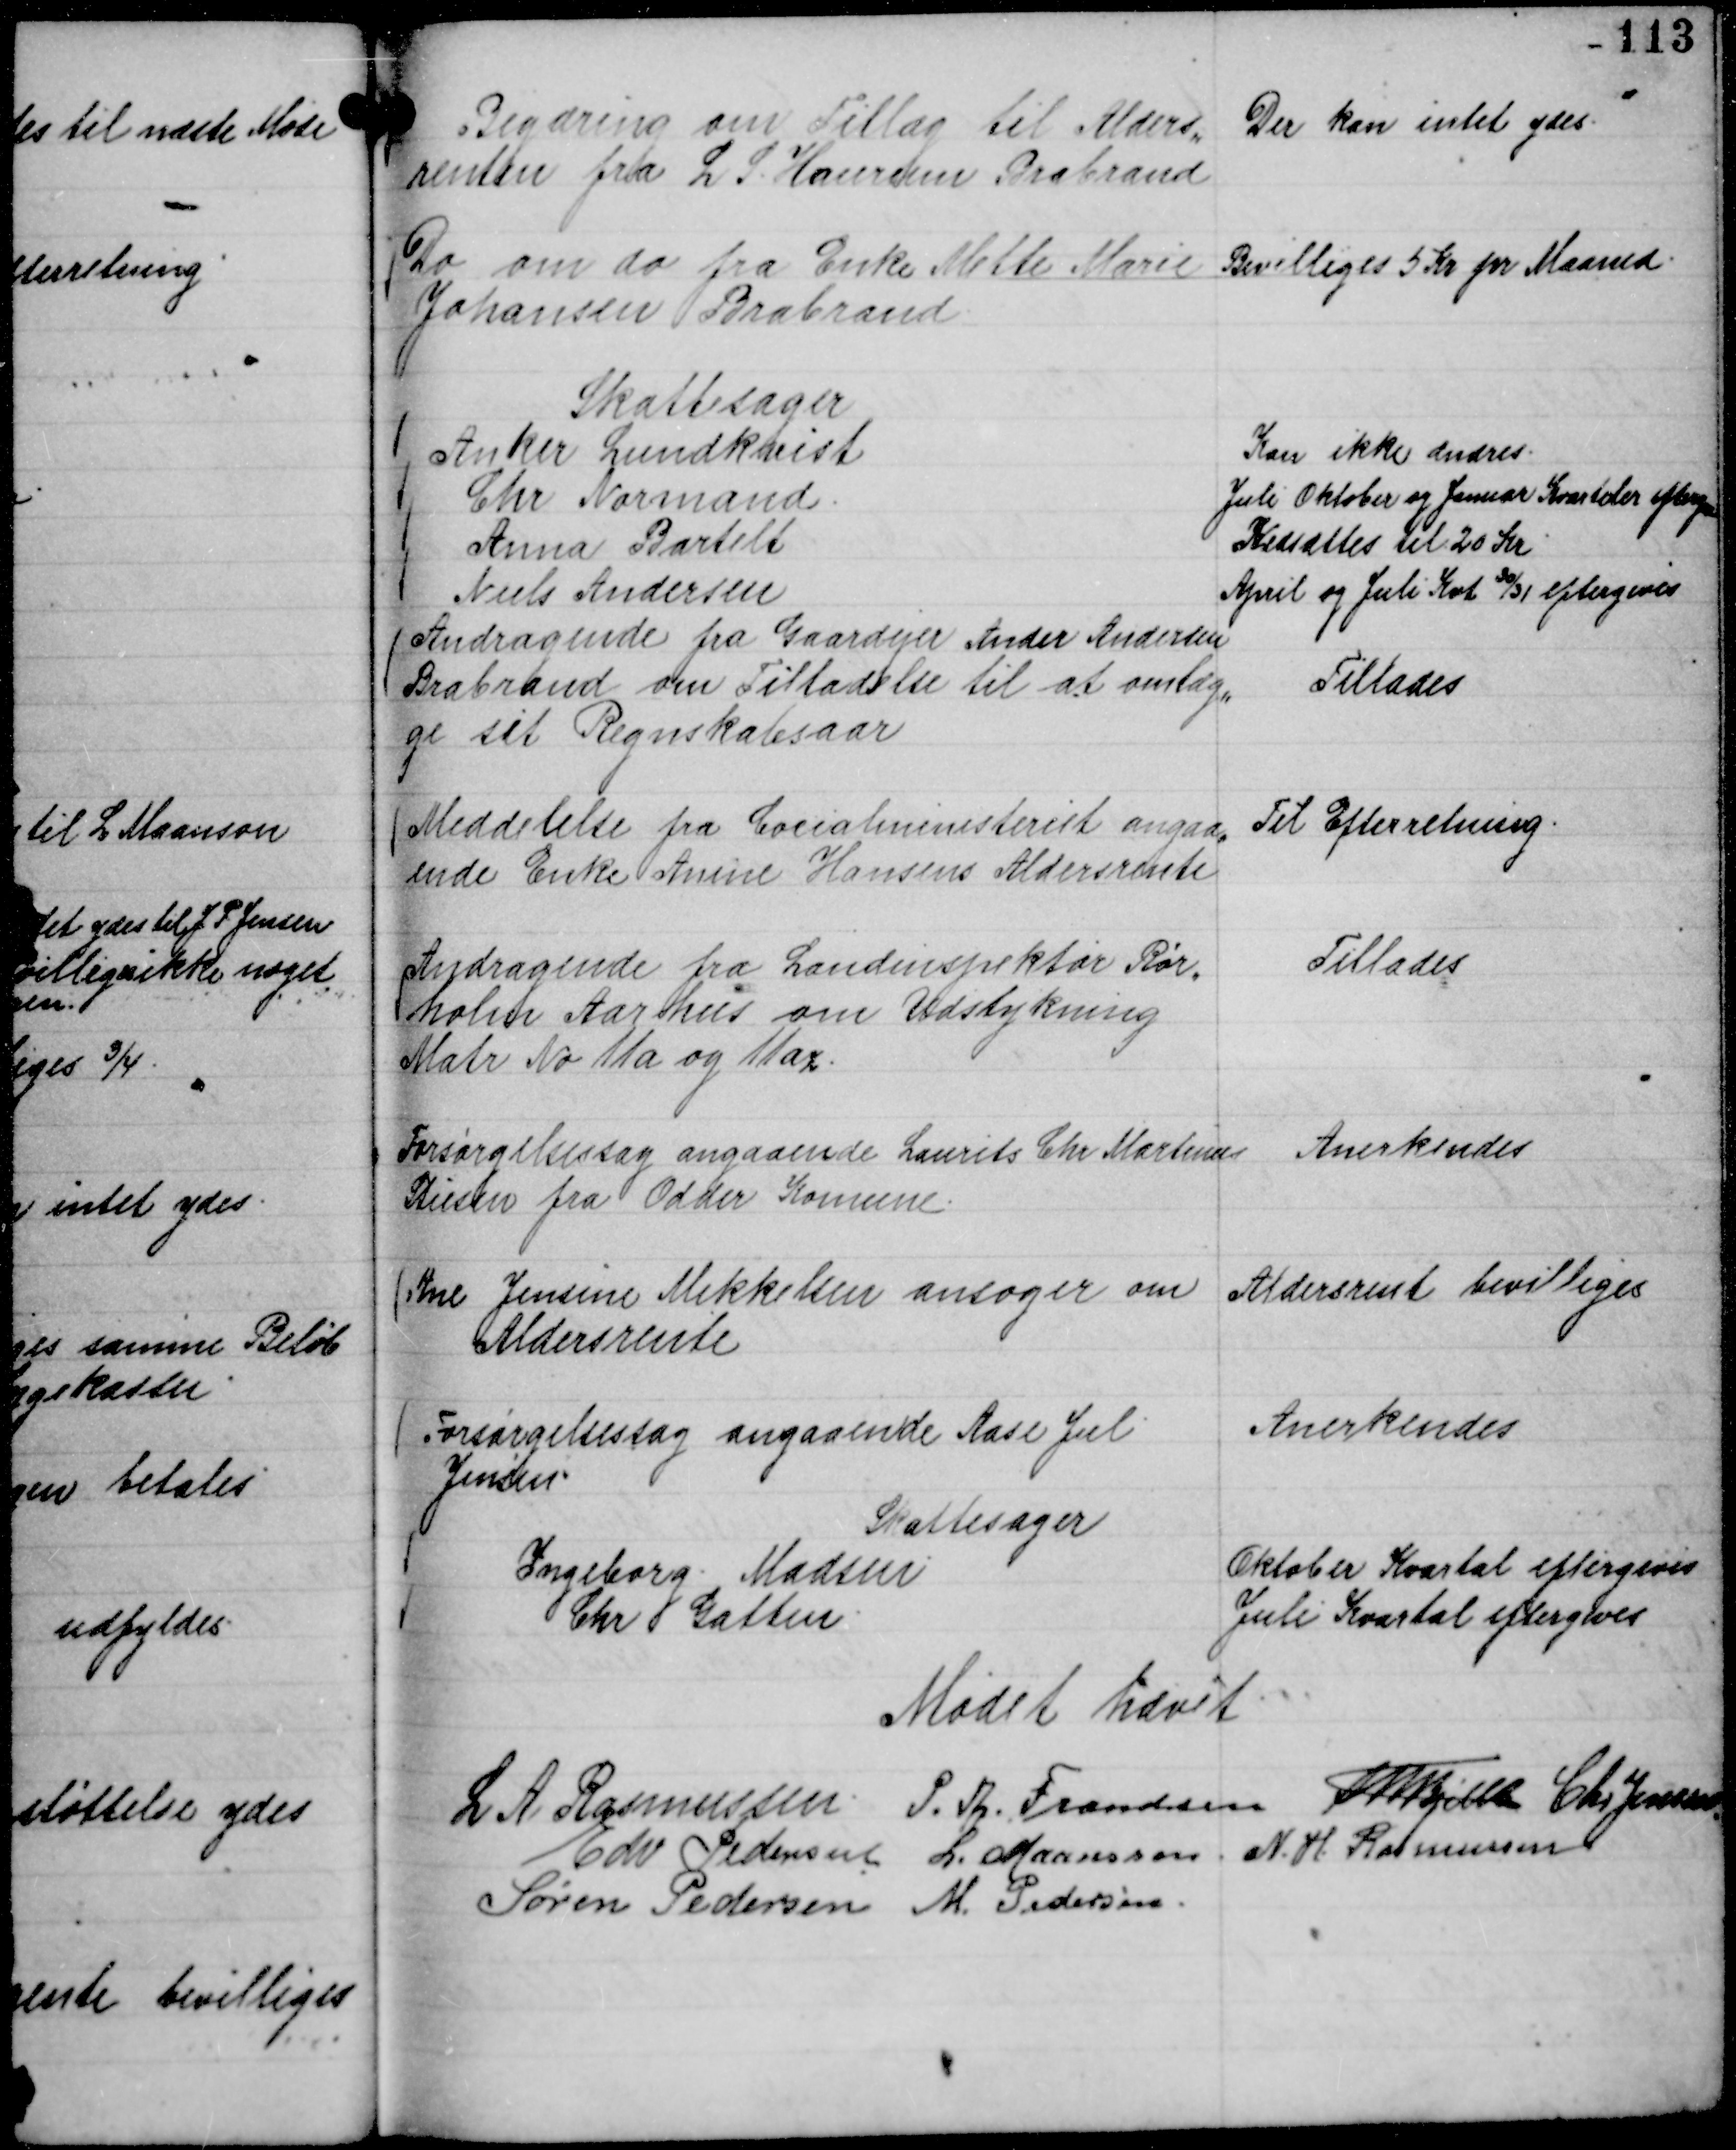
Transskription:
Begæring om Tillæg til Alders,,
renten fra L S. Haurum Brabrand

Det kan intet ydes.

Do om do fra Enke Mette Marie
Johansen Brabrand.

Bevilliges 5 Kr pr Maaned.

Skattesager
Anker Lundkvist
Kan ikke ændres.
Chr Normand.
Juli Oktober og Januar Jvartaler eftergives
Anna Bartelt
Nedsættes til 20 Kr.
Niels Andersen
April og Juli Kvt

30/31 eftergives

Andragende fra Gaardejer Ander Andersen
Brabrand om Tilladelse til at omlæg,,
ge sit Regnskabsaar

Tillades

Meddelelse fra Cocialministeriet angaa,,
ende Enke Anine Hansens Aldersrente

Til Efterretning.

Andragende fra Landinspektør Rør,,
holm Aarhus om Udstykning
Matr No 11 a og 11 ax.

Tillades

Forsørgelsessag angaaende Laurits Chr Martinus
Stiesen fra Odder Komune.

Anerkendes

Ane Jensine Mikkelsen ansøger om
Aldersrente

Aldersrent bevilliges

Forsørgelsessag angaaende Aase Jul
Jensen.

Anerkendes

Skattesager
Ingeborg Madsen
Oktober Kvartal eftergives
Chr Gatten.
Juli Kvartal eftergives

Mødet hævet
L A Rasmussen.
P. Th. Frandsen
Th Bjelke
Chr Jensen.
Edv Pedersen
L. Maansson.
N. H. Rasmussen
Søren Pedersen
M. Pedersen.